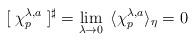
LaTeX: \begin{align*}[\;\chi_p^{\lambda ,a}\;]^{\sharp}= \lim_{\lambda \rightarrow 0}\;\,\langle\chi^{\lambda, a}_{p}\rangle_\eta =0\end{align*}